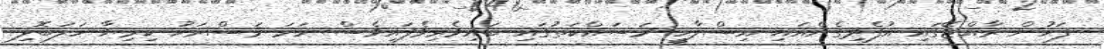
ފަހުން ރާއްޖޭގައި އުފެދިގެންއައި އިސްލާހީ މަސައްކަތުގައި ބައިވެރިވެފައިވެސް ހަމަ މަސްރަޚު ކިރިޔާ ހަލަބޮލި